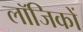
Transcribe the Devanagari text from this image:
लॉजिकों